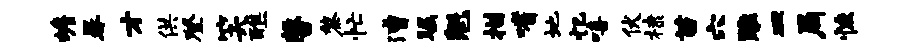
蟾晷才供登笑醮馨黎忙漕瞩魁描嗜地忆嘻伏棣苗穴雕皿局恢